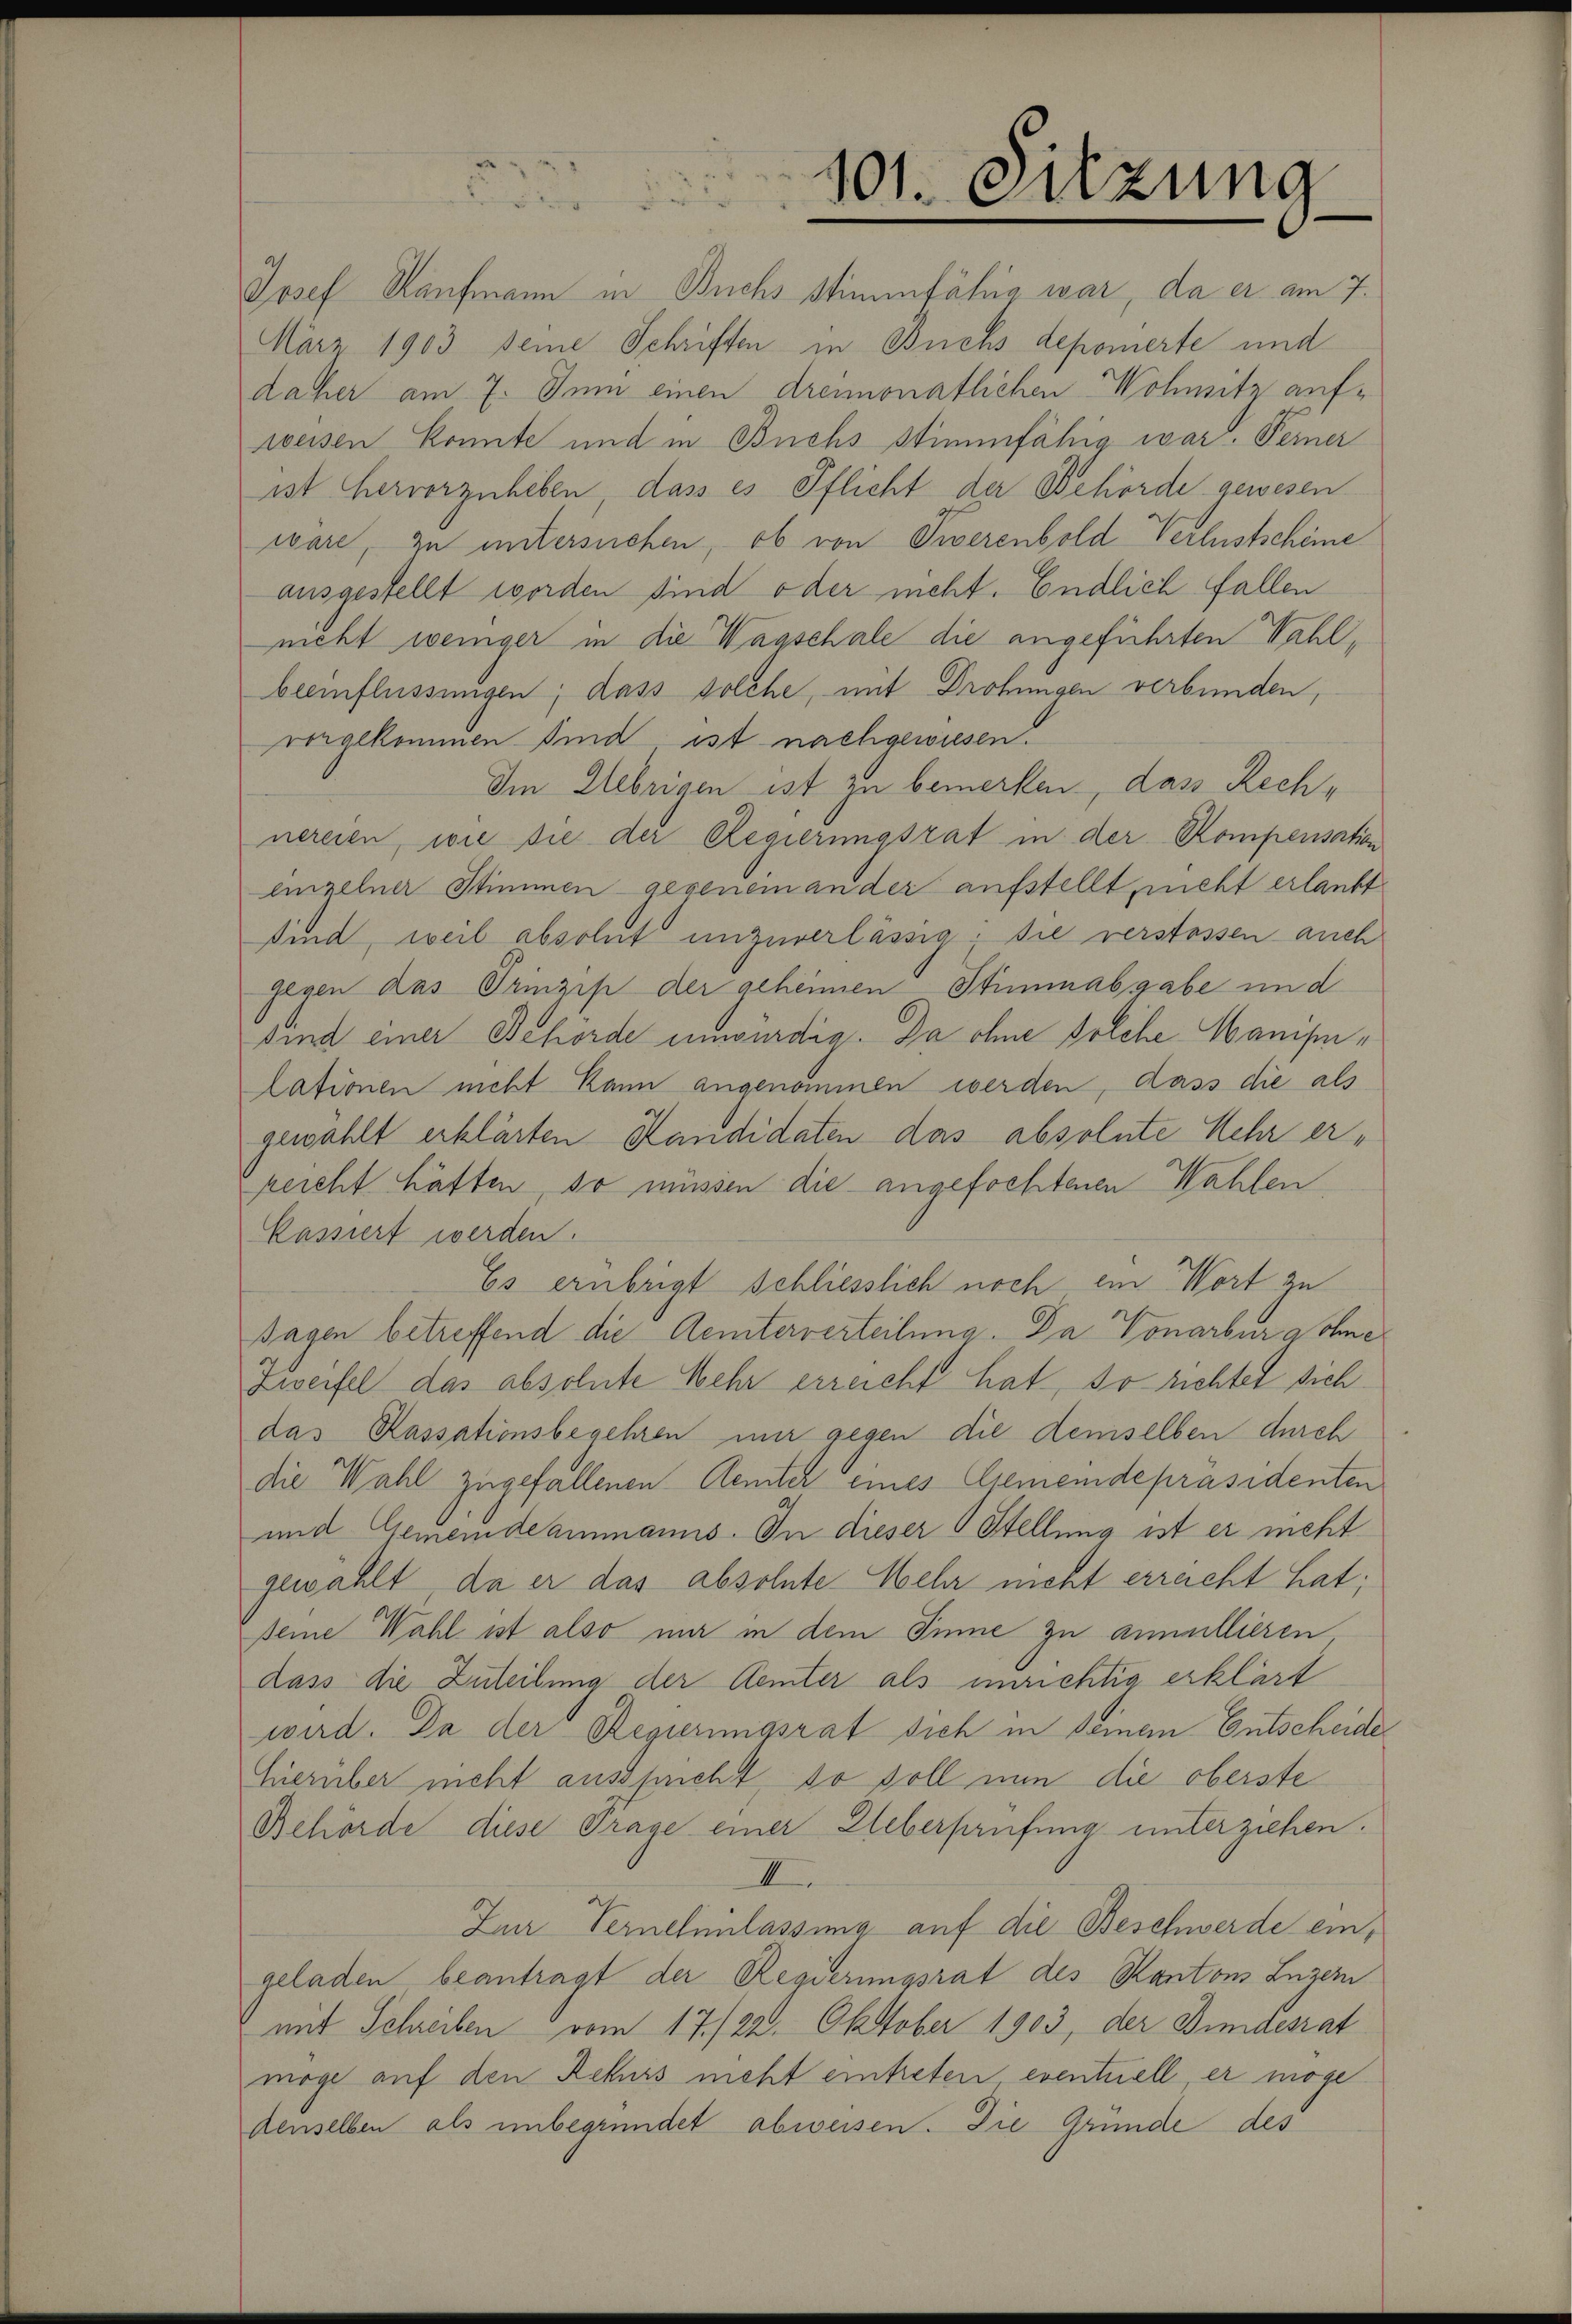
101. Sitzung

Josef Kaufmann in Buchs stimmfähig war, da er am 7.
März 1903 seine Schriften in Buchs deponierte und
daher am 7. Juni einen dreimonatlichen Wohnitz aufweisen konnte und in Buchs stimmfähig war. Ferner
ist hervorzuheben, dass es Pflicht der Behörde gewesen
wäre, zu untersuchen, ob von Tierenbold Verlustscheine
ausgestellt worden sind oder nicht. Endlich fallen
nicht weniger in die Wagschale die angeführten Wahlbeeinflüssungen; dass solche, mit Drohungen verbunden,
vorgekommen sind ist nachgewiesen.
Im Uebrigen ist zu bemerken, dass Rechnereien, wie sie der Regierungsrat in der Kompensation
einzelner Stimmen - gegeneinander aufstellt nicht erlaubt
sind, weil absolut unzuverlässig; sie verstossen auch
gegen das Prinzip der geheimen Stimmabgabe und
sind einer Behörde unwürdig. Da ohne solche Manisilationen nicht kann angenommen werden, dass die als
gewählt erklärten Kandidaten das absolute Mehr erreicht hätten, so müssen die angefochtenen Wahlen
Kassiert werden.
Es erübrigt schliesslich noch ein Wort zu
Tagen betreffend die Aemterverteilung. Da Vonarbur Wohne
Zweifel das absolute Mehr erreicht hat, so richtet sich
das Kassationsbegehren mir gegen die demselben durch
die Wahl zugefallenen Aemter eines Gemeindepräsidenten
und Gemeindeammanns. In dieser Stellung ist er meht
gewählt, da er das absolute Mehr nicht erreicht hat;
seine Wahl ist also mir in dem Sine zu annullieren
dass die Zuteilung der Aemter als unrichtig erklärt
wird. Da der Regierungsrat sich in seinem Entscheides
hierüber nicht ausspricht so soll nun die oberste
Behörde diese Trage einer Ueberprüfung unterziehen.
II.
Zur Vernehmlassung auf die Beschwerde eingeladen beantragt der Regierungsrat des Kantons Luzern
mit Schreiben vom 17./22. Oktober 1903, der Bundesrat
möge auf den Rekurs nicht eintreten eventuell er möge
denselben als unbegründet abweisen. Die Gründe des